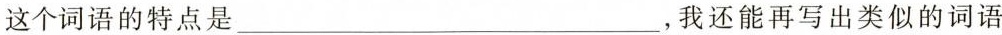
这个词语的特点是___，我还能再写出类似的词语